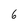
Character: 6